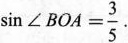
$$\sin \angle BOA= \frac{3}{5}$$.